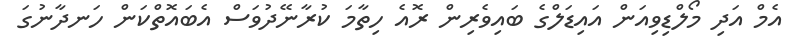
އެމް އަދި މޯލްޑިވިއަން އައިޑަލްގެ ބައިވެރިން ރޮއެ ހިތާމަ ކުރާނޭދުވަސް އެބައޮތްކަން ހަނދާނުގަ